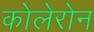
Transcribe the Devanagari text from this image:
कोलेरोन